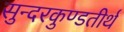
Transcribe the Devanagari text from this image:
सुन्दरकुण्डतीर्थ